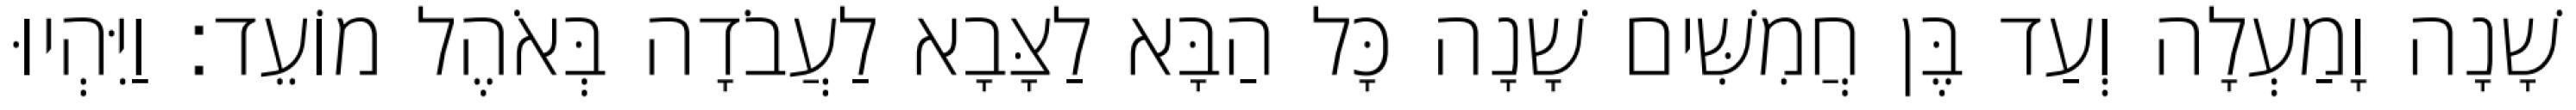
שָׁנָה וָמַעְלָה וְעַד בֶּן חֲמִשִּׁים שָׁנָה כָּל הַבָּא לַצָּבָא לַעֲבֹדָה בְּאֹהֶל מוֹעֵד׃ וַיִּהְיוּ